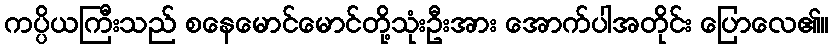
ကပ္ပိယကြီးသည် စနေမောင်မောင်တို့သုံးဦးအား အောက်ပါအတိုင်း ပြောလေ၏။